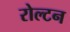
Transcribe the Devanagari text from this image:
रोल्टन